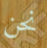
نحن